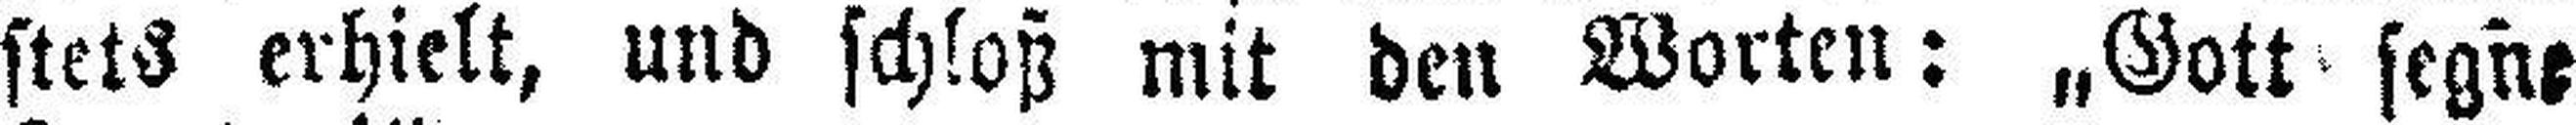
stets erhielt, und schloß mit den Worten: „Gott segne